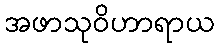
အဖာသုဝိဟာရာယ